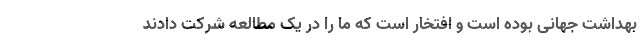
بهداشت جهانی بوده است و افتخار است که ما را در یک مطالعه شرکت دادند